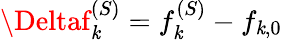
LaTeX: \Deltaf_{\mathit{k}}^{(S)}=f_{\mathit{k}}^{(S)}-f_{\mathit{k},0}